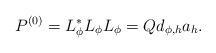
LaTeX: \begin{align*} P^{(0)} = L_{\phi}^{*} L_{\phi} L_{\phi} = Q d_{\phi , h} a_{h} .\end{align*}